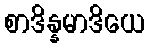
စာဒိန္နမာဒိယေ